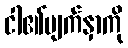
ငါ၏မျက်နှာကို